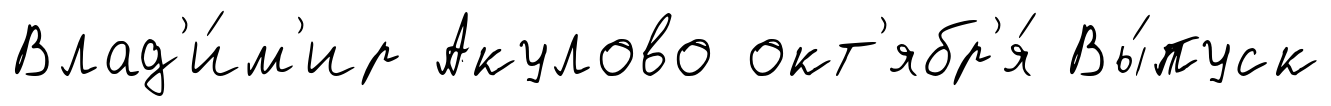
Влад'и́м'ир Акулово окт'ябр'я́ Вы́пуск